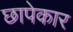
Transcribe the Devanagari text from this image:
छापेकार